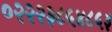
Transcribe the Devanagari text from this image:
०२२२३८५४८५३